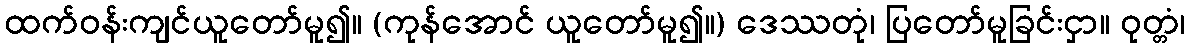
ထက်ဝန်းကျင်ယူတော်မူ၍။ (ကုန်အောင် ယူတော်မူ၍။) ဒေဿတုံ၊ ပြတော်မူခြင်းငှာ။ ဝုတ္တံ၊